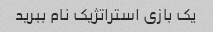
یک بازی استراتژیک نام ببرید